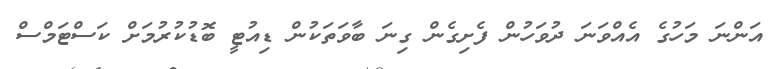
އަންނަ މަހުގެ އެއްވަނަ ދުވަހުން ފެށިގެން ގިނަ ބާވަތަކުން ޑިއުޓީ ބޮޑުކުރުމަށް ކަސްޓަމްސް